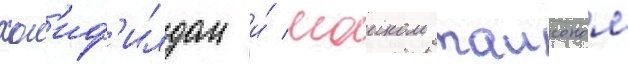
хол'иф'илдом и́ маиком таисоном